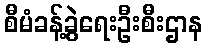
စီမံခန့်ခွဲရေးဦးစီးဌာန